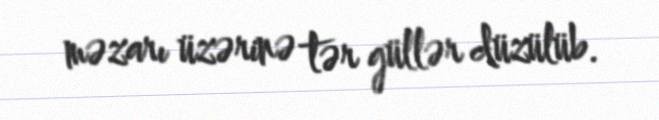
məzarı üzərinə tər güllər düzülüb.